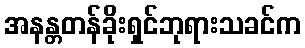
အနန္တတန်ခိုးရှင်ဘုရားသခင်က